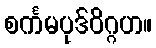
စင်္ကမပုဒ်ဝိဂ္ဂဟ။